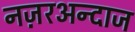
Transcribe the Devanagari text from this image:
नज़रअन्दाज